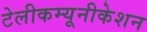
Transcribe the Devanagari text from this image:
टेलीकम्यूनीकेशन